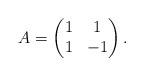
LaTeX: \begin{align*}A = \begin{pmatrix}1 & 1 \\1 & -1\end{pmatrix}.\end{align*}